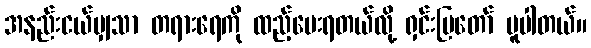
အနည်းငယ်မျှသာ တရားရေကို ထည့်ပေးရတယ်လို့ ရှင်းပြတော် မူပါတယ်။